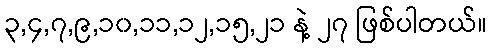
၃,၄,၇,၉,၁၀,၁၁,၁၂,၁၅,၂၁ နဲ့ ၂၇ ဖြစ်ပါတယ်။